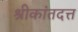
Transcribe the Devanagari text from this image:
श्रीकांतदत्त